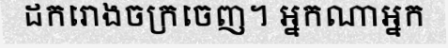
ដករោងចក្រចេញ។ អ្នកណាអ្នក